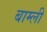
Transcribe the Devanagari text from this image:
बाम्ली